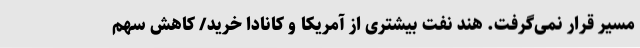
مسیر قرار نمی‌گرفت. هند نفت بیشتری از آمریکا و کانادا خرید/ کاهش سهم